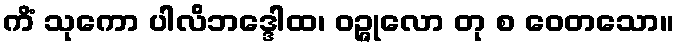
ကိံ သုကော ပါလိဘဒ္ဒေါထ၊ ဝဉ္ဇုလော တု စ ဝေတသော။